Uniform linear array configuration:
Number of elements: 12
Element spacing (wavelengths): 1
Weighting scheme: hann
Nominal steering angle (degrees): -30
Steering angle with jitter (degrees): -31.131
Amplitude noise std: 0.05
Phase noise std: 0.05

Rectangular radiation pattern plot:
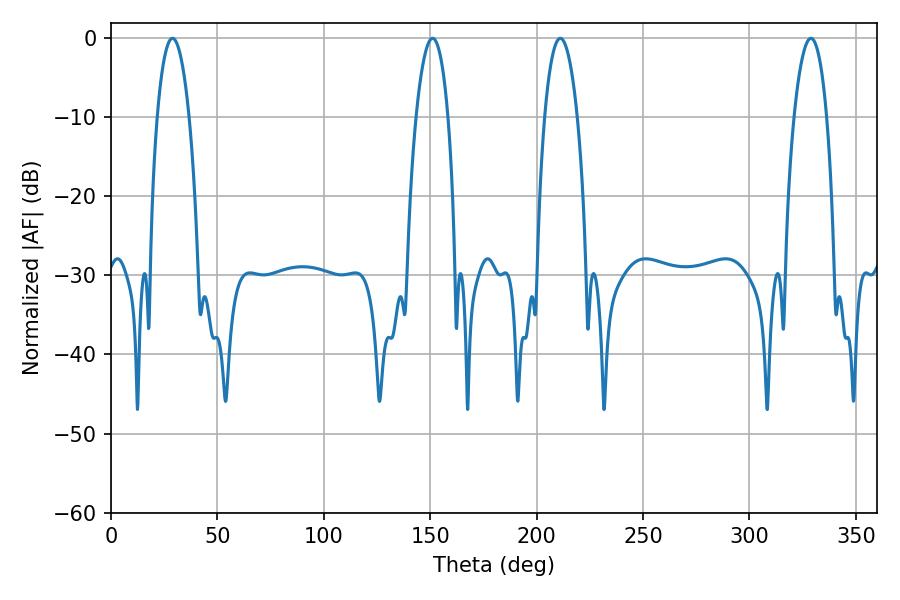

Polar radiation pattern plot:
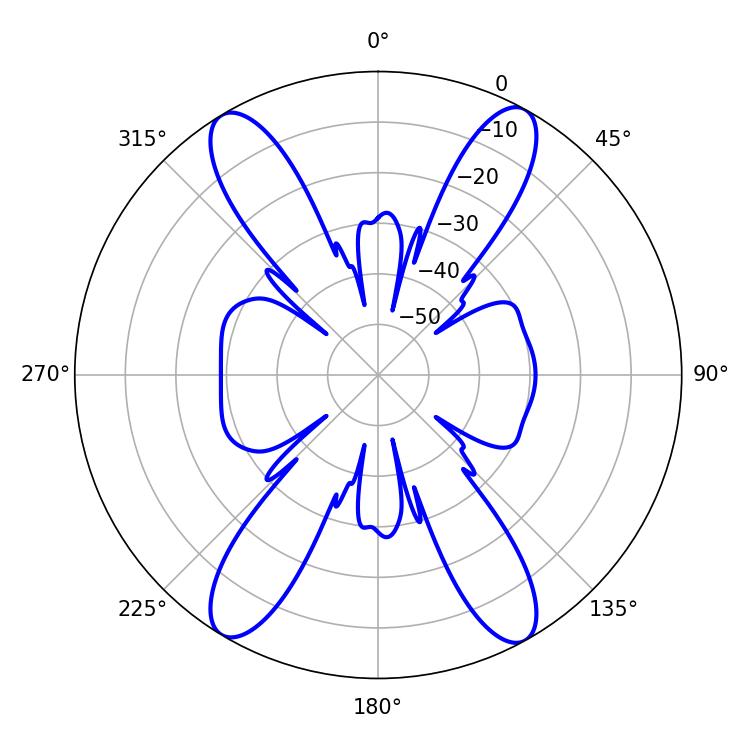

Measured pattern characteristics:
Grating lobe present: TRUE
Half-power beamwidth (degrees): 8.46
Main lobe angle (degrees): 211.14